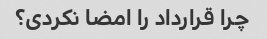
چرا قرارداد را امضا نکردی؟